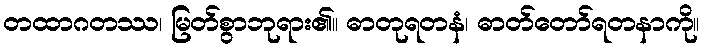
တထာဂတဿ၊ မြတ်စွာဘုရား၏။ ဓာတုရတနံ၊ ဓာတ်တော်ရတနာကို။